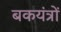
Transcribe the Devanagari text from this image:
बकयंत्रों